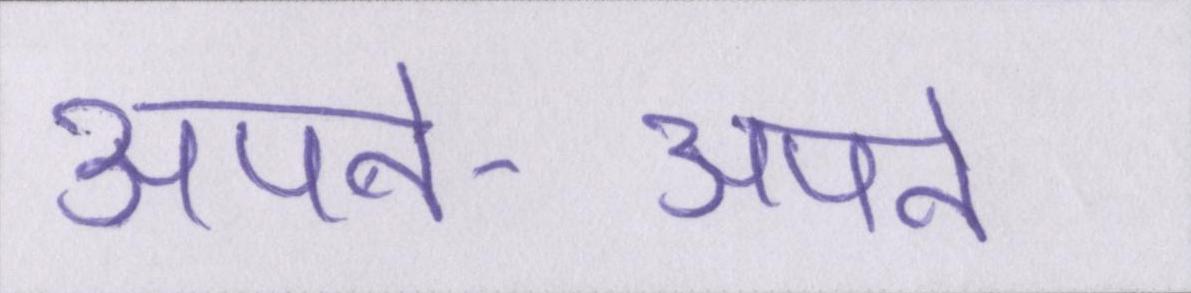
अपने-अपने